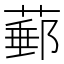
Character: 𦸙